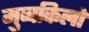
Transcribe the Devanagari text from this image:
मुव्वकिलों